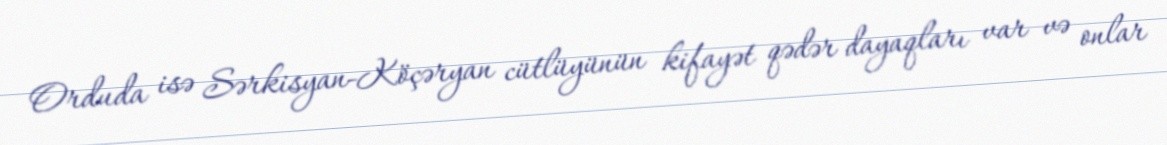
Orduda isə Sərkisyan-Köçəryan cütlüyünün kifayət qədər dayaqları var və onlar